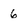
Character: 6